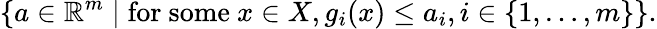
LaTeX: \{ a\in\mathbb{R}^{m}\mid{\mathrm{for~some~}}x\in X,g_{i}(x)\leq a_{i},i\in\{ 1,\ldots,m\} \} .